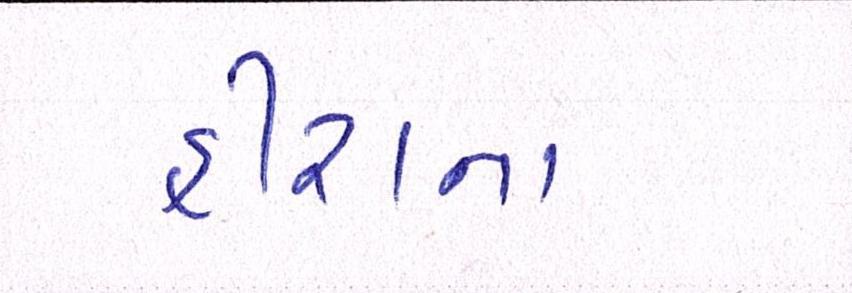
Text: હીરાના